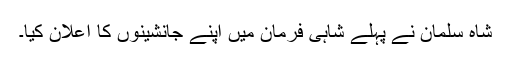
شاہ سلمان نے پہلے شاہی فرمان میں اپنے جانشینوں کا اعلان کیا۔